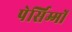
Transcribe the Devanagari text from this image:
पेर्सिम्मों